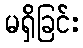
မရှိခြင်း